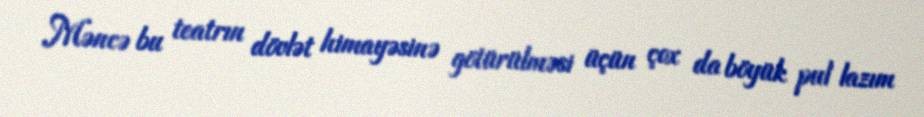
Məncə bu teatrın dövlət himayəsinə götürülməsi üçün çox da böyük pul lazım